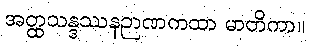
အတ္ထသန္ဒဿနဉာဏကထာ မာတိကာ။